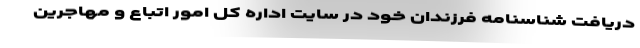
دریافت شناسنامه فرزندان خود در سایت اداره کل امور اتباع و مهاجرین